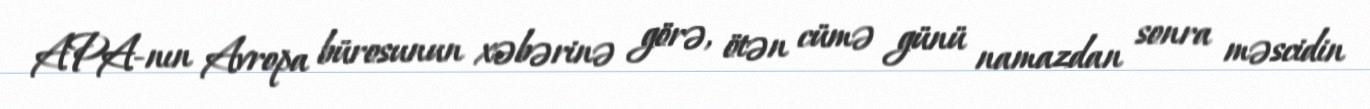
APA-nın Avropa bürosunun xəbərinə görə, ötən cümə günü namazdan sonra məscidin